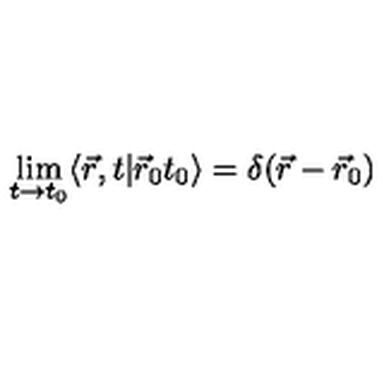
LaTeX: \lim _ { t \rightarrow t _ { 0 } } \langle \vec { r } , t \vert \vec { r } _ { 0 } t _ { 0 } \rangle = \delta ( \vec { r } - \vec { r } _ { 0 } )